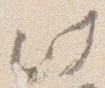
此